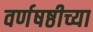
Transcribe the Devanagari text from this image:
वर्णषष्ठीच्या